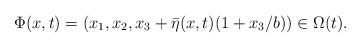
LaTeX: \begin{align*} \Phi(x,t) = (x_1,x_2, x_3 + \bar{\eta}(x,t)(1+ x_3/b )) \in \Omega(t).\end{align*}